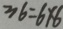
3 6 = 6 \times 6